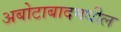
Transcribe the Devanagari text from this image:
अबोटाबादमधील